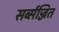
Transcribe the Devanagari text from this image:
सर्व्सज्जित